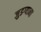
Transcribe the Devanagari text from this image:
जुडग्याना